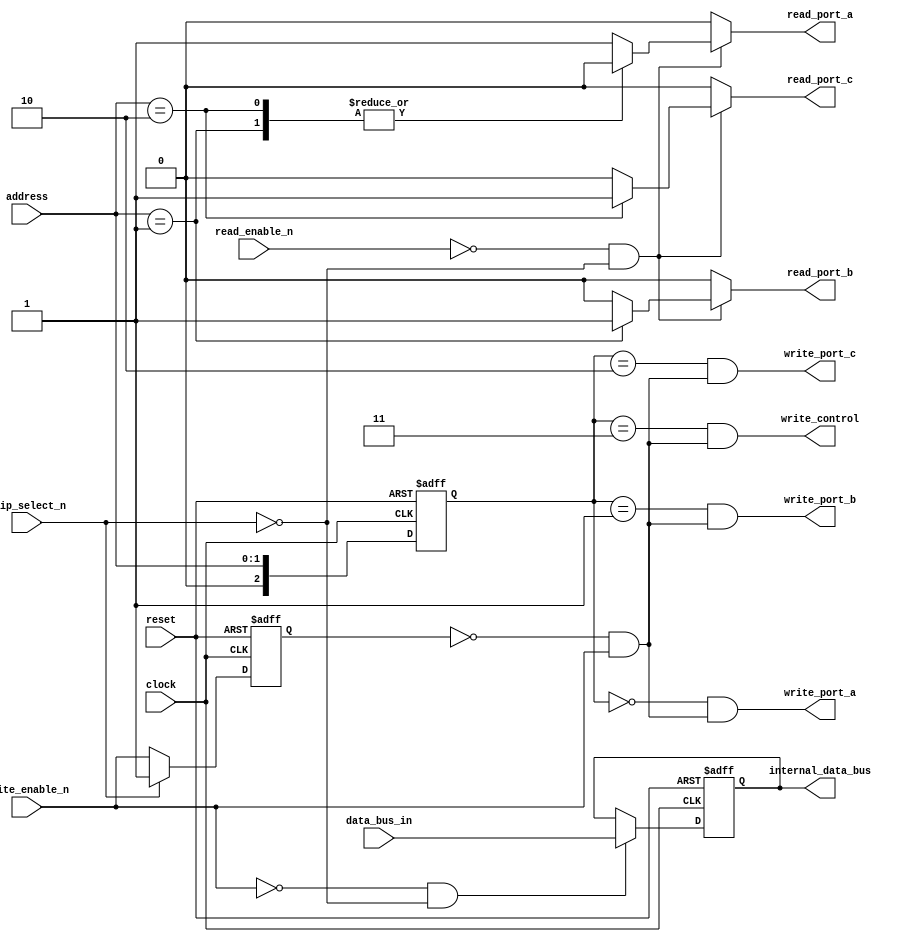
`default_nettype none

module KF8255_Control_Logic (
	input		wire					clock,
	input		wire					reset,
	input		wire					chip_select_n,
	input		wire					read_enable_n,
	input		wire					write_enable_n,
	input		wire	[1:0]			address,
	input		wire	[7:0]			data_bus_in,
	output	reg	[7:0]			internal_data_bus,
	output	wire					write_port_a,
	output	wire					write_port_b,
	output	wire					write_port_c,
	output	wire					write_control,
	output	reg					read_port_a,
	output	reg					read_port_b,
	output	reg					read_port_c
	);

	reg prev_write_enable_n;
	wire write_flag;
	reg [2:0] stable_address;
	always @(posedge clock or posedge reset)
		if (reset)
			internal_data_bus <= 8'b00000000;
		else if (~write_enable_n & ~chip_select_n)
			internal_data_bus <= data_bus_in;
		else
			internal_data_bus <= internal_data_bus;
	always @(posedge clock or posedge reset)
		if (reset)
			prev_write_enable_n <= 1'b1;
		else if (chip_select_n)
			prev_write_enable_n <= 1'b1;
		else
			prev_write_enable_n <= write_enable_n;
	assign write_flag = ~prev_write_enable_n & write_enable_n;
	always @(posedge clock or posedge reset)
		if (reset)
			stable_address <= 2'b00;
		else
			stable_address <= address;
	assign write_port_a = (stable_address == 2'b00) & write_flag;
	assign write_port_b = (stable_address == 2'b01) & write_flag;
	assign write_port_c = (stable_address == 2'b10) & write_flag;
	assign write_control = (stable_address == 2'b11) & write_flag;
	always @(*) begin
		read_port_a = 1'b0;
		read_port_b = 1'b0;
		read_port_c = 1'b0;
		if (~read_enable_n & ~chip_select_n)
			case (address)
				2'b00: read_port_a = 1'b1;
				2'b01: read_port_b = 1'b1;
				2'b10: read_port_c = 1'b1;
				default: read_port_a = 1'b1;
			endcase
	end
endmodule